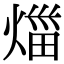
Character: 𤉣